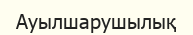
Ауылшарушылық